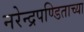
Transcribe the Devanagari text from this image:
नरेन्द्रपण्डिताच्या